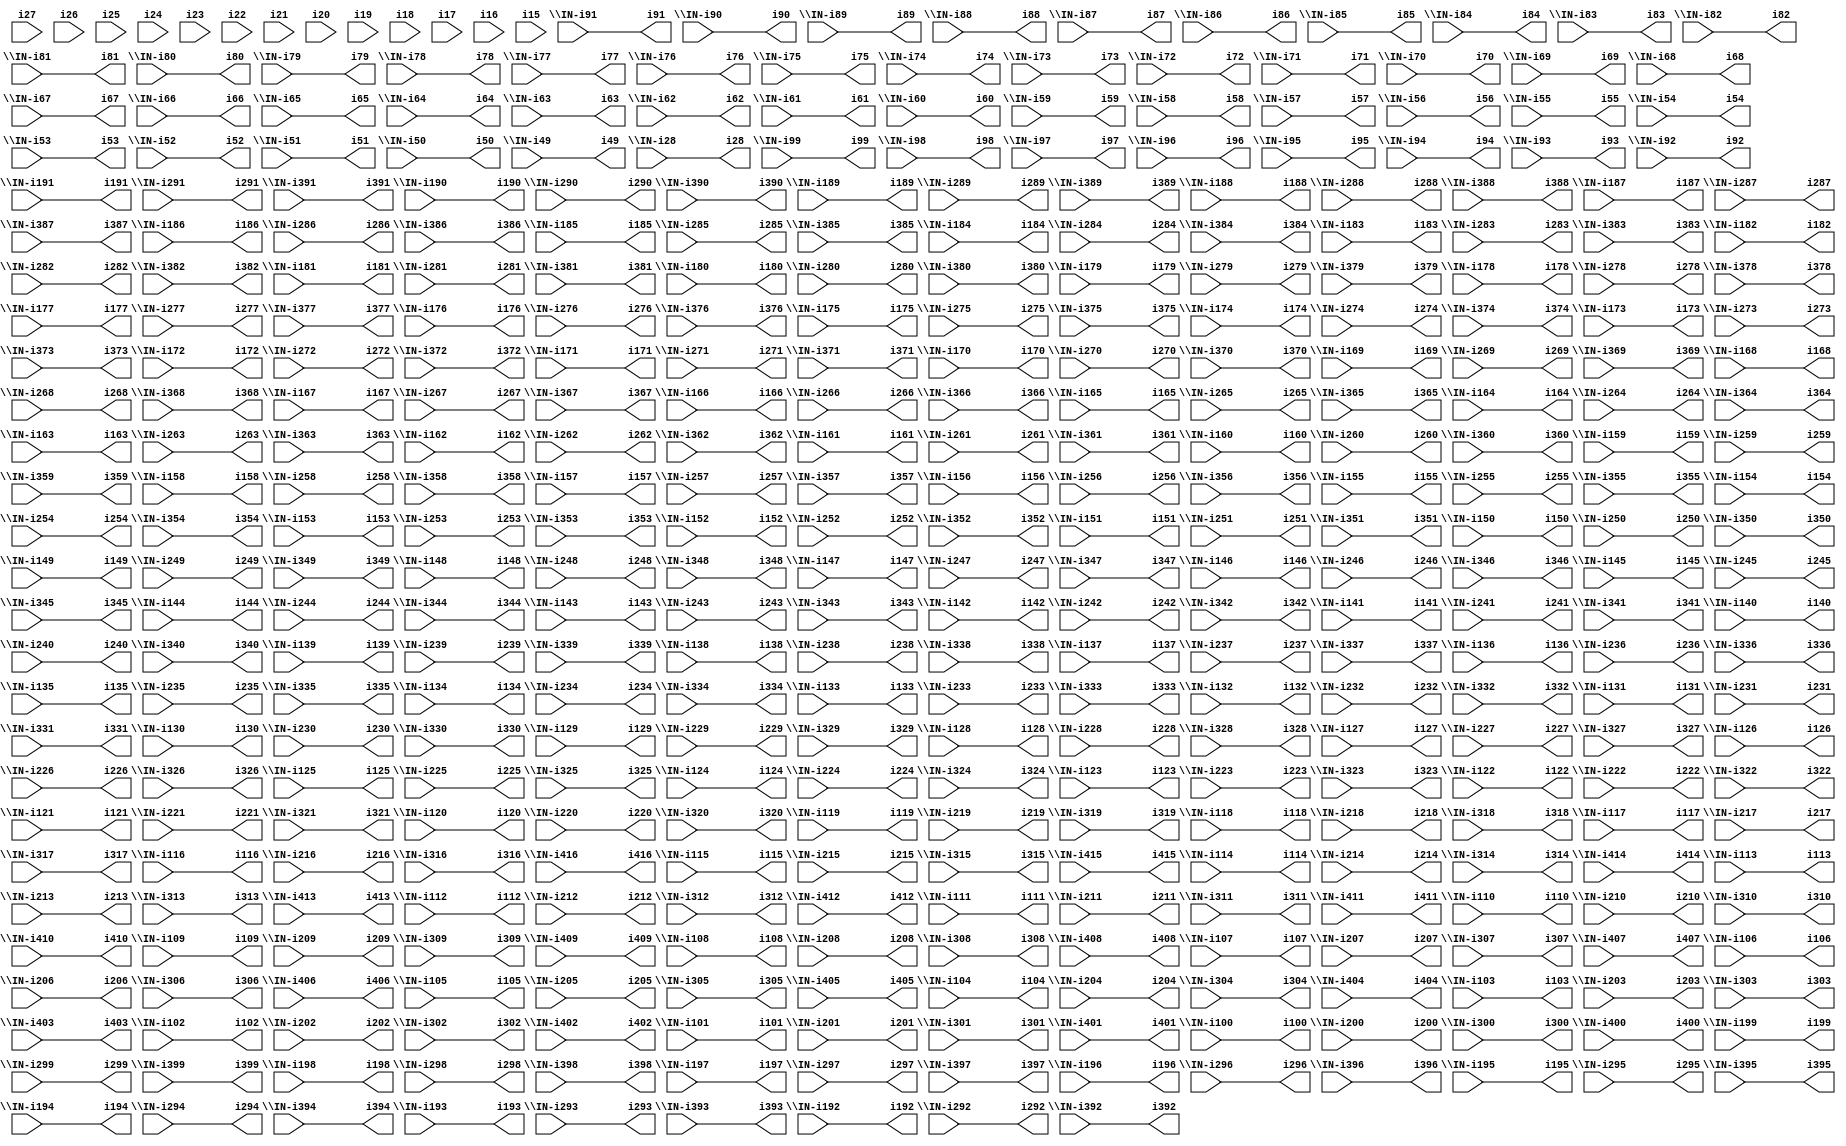
// IWLS benchmark module "clmB" printed on Wed May 29 22:05:48 2002
module clmB(\IN-i91 , \IN-i191 , \IN-i291 , \IN-i391 , \IN-i90 , \IN-i190 , \IN-i290 , \IN-i390 , \IN-i89 , \IN-i189 , \IN-i289 , \IN-i389 , \IN-i88 , \IN-i188 , \IN-i288 , \IN-i388 , \IN-i87 , \IN-i187 , \IN-i287 , \IN-i387 , \IN-i86 , \IN-i186 , \IN-i286 , \IN-i386 , \IN-i85 , \IN-i185 , \IN-i285 , \IN-i385 , \IN-i84 , \IN-i184 , \IN-i284 , \IN-i384 , \IN-i83 , \IN-i183 , \IN-i283 , \IN-i383 , \IN-i82 , \IN-i182 , \IN-i282 , \IN-i382 , \IN-i81 , \IN-i181 , \IN-i281 , \IN-i381 , \IN-i80 , \IN-i180 , \IN-i280 , \IN-i380 , \IN-i79 , \IN-i179 , \IN-i279 , \IN-i379 , \IN-i78 , \IN-i178 , \IN-i278 , \IN-i378 , \IN-i77 , \IN-i177 , \IN-i277 , \IN-i377 , \IN-i76 , \IN-i176 , \IN-i276 , \IN-i376 , \IN-i75 , \IN-i175 , \IN-i275 , \IN-i375 , \IN-i74 , \IN-i174 , \IN-i274 , \IN-i374 , \IN-i73 , \IN-i173 , \IN-i273 , \IN-i373 , \IN-i72 , \IN-i172 , \IN-i272 , \IN-i372 , \IN-i71 , \IN-i171 , \IN-i271 , \IN-i371 , \IN-i70 , \IN-i170 , \IN-i270 , \IN-i370 , \IN-i69 , \IN-i169 , \IN-i269 , \IN-i369 , \IN-i68 , \IN-i168 , \IN-i268 , \IN-i368 , \IN-i67 , \IN-i167 , \IN-i267 , \IN-i367 , \IN-i66 , \IN-i166 , \IN-i266 , \IN-i366 , \IN-i65 , \IN-i165 , \IN-i265 , \IN-i365 , \IN-i64 , \IN-i164 , \IN-i264 , \IN-i364 , \IN-i63 , \IN-i163 , \IN-i263 , \IN-i363 , \IN-i62 , \IN-i162 , \IN-i262 , \IN-i362 , \IN-i61 , \IN-i161 , \IN-i261 , \IN-i361 , \IN-i60 , \IN-i160 , \IN-i260 , \IN-i360 , \IN-i59 , \IN-i159 , \IN-i259 , \IN-i359 , \IN-i58 , \IN-i158 , \IN-i258 , \IN-i358 , \IN-i57 , \IN-i157 , \IN-i257 , \IN-i357 , \IN-i56 , \IN-i156 , \IN-i256 , \IN-i356 , \IN-i55 , \IN-i155 , \IN-i255 , \IN-i355 , \IN-i54 , \IN-i154 , \IN-i254 , \IN-i354 , \IN-i53 , \IN-i153 , \IN-i253 , \IN-i353 , \IN-i52 , \IN-i152 , \IN-i252 , \IN-i352 , \IN-i51 , \IN-i151 , \IN-i251 , \IN-i351 , \IN-i50 , \IN-i150 , \IN-i250 , \IN-i350 , \IN-i49 , \IN-i149 , \IN-i249 , \IN-i349 , \IN-i148 , \IN-i248 , \IN-i348 , \IN-i147 , \IN-i247 , \IN-i347 , \IN-i146 , \IN-i246 , \IN-i346 , \IN-i145 , \IN-i245 , \IN-i345 , \IN-i144 , \IN-i244 , \IN-i344 , \IN-i143 , \IN-i243 , \IN-i343 , \IN-i142 , \IN-i242 , \IN-i342 , \IN-i141 , \IN-i241 , \IN-i341 , \IN-i140 , \IN-i240 , \IN-i340 , \IN-i139 , \IN-i239 , \IN-i339 , \IN-i138 , \IN-i238 , \IN-i338 , \IN-i137 , \IN-i237 , \IN-i337 , \IN-i136 , \IN-i236 , \IN-i336 , \IN-i135 , \IN-i235 , \IN-i335 , \IN-i134 , \IN-i234 , \IN-i334 , \IN-i133 , \IN-i233 , \IN-i333 , \IN-i132 , \IN-i232 , \IN-i332 , \IN-i131 , \IN-i231 , \IN-i331 , \IN-i130 , \IN-i230 , \IN-i330 , \IN-i129 , \IN-i229 , \IN-i329 , \IN-i28 , \IN-i128 , \IN-i228 , \IN-i328 , i27, \IN-i127 , \IN-i227 , \IN-i327 , i26, \IN-i126 , \IN-i226 , \IN-i326 , i25, \IN-i125 , \IN-i225 , \IN-i325 , i24, \IN-i124 , \IN-i224 , \IN-i324 , i23, \IN-i123 , \IN-i223 , \IN-i323 , i22, \IN-i122 , \IN-i222 , \IN-i322 , i21, \IN-i121 , \IN-i221 , \IN-i321 , i20, \IN-i120 , \IN-i220 , \IN-i320 , i19, \IN-i119 , \IN-i219 , \IN-i319 , i18, \IN-i118 , \IN-i218 , \IN-i318 , i17, \IN-i117 , \IN-i217 , \IN-i317 , i16, \IN-i116 , \IN-i216 , \IN-i316 , \IN-i416 , i15, \IN-i115 , \IN-i215 , \IN-i315 , \IN-i415 , \IN-i114 , \IN-i214 , \IN-i314 , \IN-i414 , \IN-i113 , \IN-i213 , \IN-i313 , \IN-i413 , \IN-i112 , \IN-i212 , \IN-i312 , \IN-i412 , \IN-i111 , \IN-i211 , \IN-i311 , \IN-i411 , \IN-i110 , \IN-i210 , \IN-i310 , \IN-i410 , \IN-i109 , \IN-i209 , \IN-i309 , \IN-i409 , \IN-i108 , \IN-i208 , \IN-i308 , \IN-i408 , \IN-i107 , \IN-i207 , \IN-i307 , \IN-i407 , \IN-i106 , \IN-i206 , \IN-i306 , \IN-i406 , \IN-i105 , \IN-i205 , \IN-i305 , \IN-i405 , \IN-i104 , \IN-i204 , \IN-i304 , \IN-i404 , \IN-i103 , \IN-i203 , \IN-i303 , \IN-i403 , \IN-i102 , \IN-i202 , \IN-i302 , \IN-i402 , \IN-i101 , \IN-i201 , \IN-i301 , \IN-i401 , \IN-i100 , \IN-i200 , \IN-i300 , \IN-i400 , \IN-i99 , \IN-i199 , \IN-i299 , \IN-i399 , \IN-i98 , \IN-i198 , \IN-i298 , \IN-i398 , \IN-i97 , \IN-i197 , \IN-i297 , \IN-i397 , \IN-i96 , \IN-i196 , \IN-i296 , \IN-i396 , \IN-i95 , \IN-i195 , \IN-i295 , \IN-i395 , \IN-i94 , \IN-i194 , \IN-i294 , \IN-i394 , \IN-i93 , \IN-i193 , \IN-i293 , \IN-i393 , \IN-i92 , \IN-i192 , \IN-i292 , \IN-i392 , i91, i191, i291, i391, i90, i190, i290, i390, i89, i189, i289, i389, i88, i188, i288, i388, i87, i187, i287, i387, i86, i186, i286, i386, i85, i185, i285, i385, i84, i184, i284, i384, i83, i183, i283, i383, i82, i182, i282, i382, i81, i181, i281, i381, i80, i180, i280, i380, i79, i179, i279, i379, i78, i178, i278, i378, i77, i177, i277, i377, i76, i176, i276, i376, i75, i175, i275, i375, i74, i174, i274, i374, i73, i173, i273, i373, i72, i172, i272, i372, i71, i171, i271, i371, i70, i170, i270, i370, i69, i169, i269, i369, i68, i168, i268, i368, i67, i167, i267, i367, i66, i166, i266, i366, i65, i165, i265, i365, i64, i164, i264, i364, i63, i163, i263, i363, i62, i162, i262, i362, i61, i161, i261, i361, i60, i160, i260, i360, i59, i159, i259, i359, i58, i158, i258, i358, i57, i157, i257, i357, i56, i156, i256, i356, i55, i155, i255, i355, i54, i154, i254, i354, i53, i153, i253, i353, i52, i152, i252, i352, i51, i151, i251, i351, i50, i150, i250, i350, i49, i149, i249, i349, i148, i248, i348, i147, i247, i347, i146, i246, i346, i145, i245, i345, i144, i244, i344, i143, i243, i343, i142, i242, i342, i141, i241, i341, i140, i240, i340, i139, i239, i339, i138, i238, i338, i137, i237, i337, i136, i236, i336, i135, i235, i335, i134, i234, i334, i133, i233, i333, i132, i232, i332, i131, i231, i331, i130, i230, i330, i129, i229, i329, i28, i128, i228, i328, i127, i227, i327, i126, i226, i326, i125, i225, i325, i124, i224, i324, i123, i223, i323, i122, i222, i322, i121, i221, i321, i120, i220, i320, i119, i219, i319, i118, i218, i318, i117, i217, i317, i116, i216, i316, i416, i115, i215, i315, i415, i114, i214, i314, i414, i113, i213, i313, i413, i112, i212, i312, i412, i111, i211, i311, i411, i110, i210, i310, i410, i109, i209, i309, i409, i108, i208, i308, i408, i107, i207, i307, i407, i106, i206, i306, i406, i105, i205, i305, i405, i104, i204, i304, i404, i103, i203, i303, i403, i102, i202, i302, i402, i101, i201, i301, i401, i100, i200, i300, i400, i99, i199, i299, i399, i98, i198, i298, i398, i97, i197, i297, i397, i96, i196, i296, i396, i95, i195, i295, i395, i94, i194, i294, i394, i93, i193, i293, i393, i92, i192, i292, i392);
input
  i15,
  i16,
  i17,
  i18,
  i19,
  i20,
  i21,
  i22,
  i23,
  i24,
  i25,
  i26,
  i27,
  \IN-i28 ,
  \IN-i49 ,
  \IN-i50 ,
  \IN-i51 ,
  \IN-i52 ,
  \IN-i53 ,
  \IN-i54 ,
  \IN-i55 ,
  \IN-i56 ,
  \IN-i57 ,
  \IN-i58 ,
  \IN-i59 ,
  \IN-i60 ,
  \IN-i61 ,
  \IN-i62 ,
  \IN-i63 ,
  \IN-i64 ,
  \IN-i65 ,
  \IN-i66 ,
  \IN-i67 ,
  \IN-i68 ,
  \IN-i69 ,
  \IN-i70 ,
  \IN-i71 ,
  \IN-i72 ,
  \IN-i73 ,
  \IN-i74 ,
  \IN-i75 ,
  \IN-i76 ,
  \IN-i77 ,
  \IN-i78 ,
  \IN-i79 ,
  \IN-i80 ,
  \IN-i81 ,
  \IN-i82 ,
  \IN-i83 ,
  \IN-i84 ,
  \IN-i85 ,
  \IN-i86 ,
  \IN-i87 ,
  \IN-i88 ,
  \IN-i89 ,
  \IN-i90 ,
  \IN-i91 ,
  \IN-i92 ,
  \IN-i93 ,
  \IN-i94 ,
  \IN-i95 ,
  \IN-i96 ,
  \IN-i97 ,
  \IN-i98 ,
  \IN-i99 ,
  \IN-i110 ,
  \IN-i111 ,
  \IN-i112 ,
  \IN-i113 ,
  \IN-i114 ,
  \IN-i115 ,
  \IN-i116 ,
  \IN-i117 ,
  \IN-i118 ,
  \IN-i119 ,
  \IN-i120 ,
  \IN-i121 ,
  \IN-i122 ,
  \IN-i123 ,
  \IN-i124 ,
  \IN-i125 ,
  \IN-i126 ,
  \IN-i127 ,
  \IN-i128 ,
  \IN-i129 ,
  \IN-i130 ,
  \IN-i131 ,
  \IN-i132 ,
  \IN-i133 ,
  \IN-i134 ,
  \IN-i135 ,
  \IN-i136 ,
  \IN-i137 ,
  \IN-i138 ,
  \IN-i139 ,
  \IN-i140 ,
  \IN-i141 ,
  \IN-i142 ,
  \IN-i143 ,
  \IN-i144 ,
  \IN-i145 ,
  \IN-i146 ,
  \IN-i147 ,
  \IN-i148 ,
  \IN-i149 ,
  \IN-i100 ,
  \IN-i101 ,
  \IN-i102 ,
  \IN-i103 ,
  \IN-i104 ,
  \IN-i105 ,
  \IN-i106 ,
  \IN-i107 ,
  \IN-i108 ,
  \IN-i109 ,
  \IN-i190 ,
  \IN-i191 ,
  \IN-i192 ,
  \IN-i193 ,
  \IN-i194 ,
  \IN-i195 ,
  \IN-i196 ,
  \IN-i197 ,
  \IN-i198 ,
  \IN-i199 ,
  \IN-i150 ,
  \IN-i151 ,
  \IN-i152 ,
  \IN-i153 ,
  \IN-i154 ,
  \IN-i155 ,
  \IN-i156 ,
  \IN-i157 ,
  \IN-i158 ,
  \IN-i159 ,
  \IN-i160 ,
  \IN-i161 ,
  \IN-i162 ,
  \IN-i163 ,
  \IN-i164 ,
  \IN-i165 ,
  \IN-i166 ,
  \IN-i167 ,
  \IN-i168 ,
  \IN-i169 ,
  \IN-i170 ,
  \IN-i171 ,
  \IN-i172 ,
  \IN-i173 ,
  \IN-i174 ,
  \IN-i175 ,
  \IN-i176 ,
  \IN-i177 ,
  \IN-i178 ,
  \IN-i179 ,
  \IN-i180 ,
  \IN-i181 ,
  \IN-i182 ,
  \IN-i183 ,
  \IN-i184 ,
  \IN-i185 ,
  \IN-i186 ,
  \IN-i187 ,
  \IN-i188 ,
  \IN-i189 ,
  \IN-i210 ,
  \IN-i211 ,
  \IN-i212 ,
  \IN-i213 ,
  \IN-i214 ,
  \IN-i215 ,
  \IN-i216 ,
  \IN-i217 ,
  \IN-i218 ,
  \IN-i219 ,
  \IN-i220 ,
  \IN-i221 ,
  \IN-i222 ,
  \IN-i223 ,
  \IN-i224 ,
  \IN-i225 ,
  \IN-i226 ,
  \IN-i227 ,
  \IN-i228 ,
  \IN-i229 ,
  \IN-i230 ,
  \IN-i231 ,
  \IN-i232 ,
  \IN-i233 ,
  \IN-i234 ,
  \IN-i235 ,
  \IN-i236 ,
  \IN-i237 ,
  \IN-i238 ,
  \IN-i239 ,
  \IN-i240 ,
  \IN-i241 ,
  \IN-i242 ,
  \IN-i243 ,
  \IN-i244 ,
  \IN-i245 ,
  \IN-i246 ,
  \IN-i247 ,
  \IN-i248 ,
  \IN-i249 ,
  \IN-i200 ,
  \IN-i201 ,
  \IN-i202 ,
  \IN-i203 ,
  \IN-i204 ,
  \IN-i205 ,
  \IN-i206 ,
  \IN-i207 ,
  \IN-i208 ,
  \IN-i209 ,
  \IN-i290 ,
  \IN-i291 ,
  \IN-i292 ,
  \IN-i293 ,
  \IN-i294 ,
  \IN-i295 ,
  \IN-i296 ,
  \IN-i297 ,
  \IN-i298 ,
  \IN-i299 ,
  \IN-i250 ,
  \IN-i251 ,
  \IN-i252 ,
  \IN-i253 ,
  \IN-i254 ,
  \IN-i255 ,
  \IN-i256 ,
  \IN-i257 ,
  \IN-i258 ,
  \IN-i259 ,
  \IN-i260 ,
  \IN-i261 ,
  \IN-i262 ,
  \IN-i263 ,
  \IN-i264 ,
  \IN-i265 ,
  \IN-i266 ,
  \IN-i267 ,
  \IN-i268 ,
  \IN-i269 ,
  \IN-i270 ,
  \IN-i271 ,
  \IN-i272 ,
  \IN-i273 ,
  \IN-i274 ,
  \IN-i275 ,
  \IN-i276 ,
  \IN-i277 ,
  \IN-i278 ,
  \IN-i279 ,
  \IN-i280 ,
  \IN-i281 ,
  \IN-i282 ,
  \IN-i283 ,
  \IN-i284 ,
  \IN-i285 ,
  \IN-i286 ,
  \IN-i287 ,
  \IN-i288 ,
  \IN-i289 ,
  \IN-i310 ,
  \IN-i311 ,
  \IN-i312 ,
  \IN-i313 ,
  \IN-i314 ,
  \IN-i315 ,
  \IN-i316 ,
  \IN-i317 ,
  \IN-i318 ,
  \IN-i319 ,
  \IN-i320 ,
  \IN-i321 ,
  \IN-i322 ,
  \IN-i323 ,
  \IN-i324 ,
  \IN-i325 ,
  \IN-i326 ,
  \IN-i327 ,
  \IN-i328 ,
  \IN-i329 ,
  \IN-i330 ,
  \IN-i331 ,
  \IN-i332 ,
  \IN-i333 ,
  \IN-i334 ,
  \IN-i335 ,
  \IN-i336 ,
  \IN-i337 ,
  \IN-i338 ,
  \IN-i339 ,
  \IN-i340 ,
  \IN-i341 ,
  \IN-i342 ,
  \IN-i343 ,
  \IN-i344 ,
  \IN-i345 ,
  \IN-i346 ,
  \IN-i347 ,
  \IN-i348 ,
  \IN-i349 ,
  \IN-i300 ,
  \IN-i301 ,
  \IN-i302 ,
  \IN-i303 ,
  \IN-i304 ,
  \IN-i305 ,
  \IN-i306 ,
  \IN-i307 ,
  \IN-i308 ,
  \IN-i309 ,
  \IN-i390 ,
  \IN-i391 ,
  \IN-i392 ,
  \IN-i393 ,
  \IN-i394 ,
  \IN-i395 ,
  \IN-i396 ,
  \IN-i397 ,
  \IN-i398 ,
  \IN-i399 ,
  \IN-i350 ,
  \IN-i351 ,
  \IN-i352 ,
  \IN-i353 ,
  \IN-i354 ,
  \IN-i355 ,
  \IN-i356 ,
  \IN-i357 ,
  \IN-i358 ,
  \IN-i359 ,
  \IN-i360 ,
  \IN-i361 ,
  \IN-i362 ,
  \IN-i363 ,
  \IN-i364 ,
  \IN-i365 ,
  \IN-i366 ,
  \IN-i367 ,
  \IN-i368 ,
  \IN-i369 ,
  \IN-i370 ,
  \IN-i371 ,
  \IN-i372 ,
  \IN-i373 ,
  \IN-i374 ,
  \IN-i375 ,
  \IN-i376 ,
  \IN-i377 ,
  \IN-i378 ,
  \IN-i379 ,
  \IN-i380 ,
  \IN-i381 ,
  \IN-i382 ,
  \IN-i383 ,
  \IN-i384 ,
  \IN-i385 ,
  \IN-i386 ,
  \IN-i387 ,
  \IN-i388 ,
  \IN-i389 ,
  \IN-i410 ,
  \IN-i411 ,
  \IN-i412 ,
  \IN-i413 ,
  \IN-i414 ,
  \IN-i415 ,
  \IN-i416 ,
  \IN-i400 ,
  \IN-i401 ,
  \IN-i402 ,
  \IN-i403 ,
  \IN-i404 ,
  \IN-i405 ,
  \IN-i406 ,
  \IN-i407 ,
  \IN-i408 ,
  \IN-i409 ;
output
  i28,
  i49,
  i50,
  i51,
  i52,
  i53,
  i54,
  i55,
  i56,
  i57,
  i58,
  i59,
  i60,
  i61,
  i62,
  i63,
  i64,
  i65,
  i66,
  i67,
  i68,
  i69,
  i70,
  i71,
  i72,
  i73,
  i74,
  i75,
  i76,
  i77,
  i78,
  i79,
  i80,
  i81,
  i82,
  i83,
  i84,
  i85,
  i86,
  i87,
  i88,
  i89,
  i90,
  i91,
  i92,
  i93,
  i94,
  i95,
  i96,
  i97,
  i98,
  i99,
  i100,
  i101,
  i102,
  i103,
  i104,
  i105,
  i106,
  i107,
  i108,
  i109,
  i110,
  i111,
  i112,
  i113,
  i114,
  i115,
  i116,
  i117,
  i118,
  i119,
  i120,
  i121,
  i122,
  i123,
  i124,
  i125,
  i126,
  i127,
  i128,
  i129,
  i130,
  i131,
  i132,
  i133,
  i134,
  i135,
  i136,
  i137,
  i138,
  i139,
  i140,
  i141,
  i142,
  i143,
  i144,
  i145,
  i146,
  i147,
  i148,
  i149,
  i150,
  i151,
  i152,
  i153,
  i154,
  i155,
  i156,
  i157,
  i158,
  i159,
  i160,
  i161,
  i162,
  i163,
  i164,
  i165,
  i166,
  i167,
  i168,
  i169,
  i170,
  i171,
  i172,
  i173,
  i174,
  i175,
  i176,
  i177,
  i178,
  i179,
  i180,
  i181,
  i182,
  i183,
  i184,
  i185,
  i186,
  i187,
  i188,
  i189,
  i190,
  i191,
  i192,
  i193,
  i194,
  i195,
  i196,
  i197,
  i198,
  i199,
  i200,
  i201,
  i202,
  i203,
  i204,
  i205,
  i206,
  i207,
  i208,
  i209,
  i210,
  i211,
  i212,
  i213,
  i214,
  i215,
  i216,
  i217,
  i218,
  i219,
  i220,
  i221,
  i222,
  i223,
  i224,
  i225,
  i226,
  i227,
  i228,
  i229,
  i230,
  i231,
  i232,
  i233,
  i234,
  i235,
  i236,
  i237,
  i238,
  i239,
  i240,
  i241,
  i242,
  i243,
  i244,
  i245,
  i246,
  i247,
  i248,
  i249,
  i250,
  i251,
  i252,
  i253,
  i254,
  i255,
  i256,
  i257,
  i258,
  i259,
  i260,
  i261,
  i262,
  i263,
  i264,
  i265,
  i266,
  i267,
  i268,
  i269,
  i270,
  i271,
  i272,
  i273,
  i274,
  i275,
  i276,
  i277,
  i278,
  i279,
  i280,
  i281,
  i282,
  i283,
  i284,
  i285,
  i286,
  i287,
  i288,
  i289,
  i290,
  i291,
  i292,
  i293,
  i294,
  i295,
  i296,
  i297,
  i298,
  i299,
  i300,
  i301,
  i302,
  i303,
  i304,
  i305,
  i306,
  i307,
  i308,
  i309,
  i310,
  i311,
  i312,
  i313,
  i314,
  i315,
  i316,
  i317,
  i318,
  i319,
  i320,
  i321,
  i322,
  i323,
  i324,
  i325,
  i326,
  i327,
  i328,
  i329,
  i330,
  i331,
  i332,
  i333,
  i334,
  i335,
  i336,
  i337,
  i338,
  i339,
  i340,
  i341,
  i342,
  i343,
  i344,
  i345,
  i346,
  i347,
  i348,
  i349,
  i350,
  i351,
  i352,
  i353,
  i354,
  i355,
  i356,
  i357,
  i358,
  i359,
  i360,
  i361,
  i362,
  i363,
  i364,
  i365,
  i366,
  i367,
  i368,
  i369,
  i370,
  i371,
  i372,
  i373,
  i374,
  i375,
  i376,
  i377,
  i378,
  i379,
  i380,
  i381,
  i382,
  i383,
  i384,
  i385,
  i386,
  i387,
  i388,
  i389,
  i390,
  i391,
  i392,
  i393,
  i394,
  i395,
  i396,
  i397,
  i398,
  i399,
  i400,
  i401,
  i402,
  i403,
  i404,
  i405,
  i406,
  i407,
  i408,
  i409,
  i410,
  i411,
  i412,
  i413,
  i414,
  i415,
  i416;
assign
  i28 = \IN-i28 ,
  i49 = \IN-i49 ,
  i50 = \IN-i50 ,
  i51 = \IN-i51 ,
  i52 = \IN-i52 ,
  i53 = \IN-i53 ,
  i54 = \IN-i54 ,
  i55 = \IN-i55 ,
  i56 = \IN-i56 ,
  i57 = \IN-i57 ,
  i58 = \IN-i58 ,
  i59 = \IN-i59 ,
  i60 = \IN-i60 ,
  i61 = \IN-i61 ,
  i62 = \IN-i62 ,
  i63 = \IN-i63 ,
  i64 = \IN-i64 ,
  i65 = \IN-i65 ,
  i66 = \IN-i66 ,
  i67 = \IN-i67 ,
  i68 = \IN-i68 ,
  i69 = \IN-i69 ,
  i70 = \IN-i70 ,
  i71 = \IN-i71 ,
  i72 = \IN-i72 ,
  i73 = \IN-i73 ,
  i74 = \IN-i74 ,
  i75 = \IN-i75 ,
  i76 = \IN-i76 ,
  i77 = \IN-i77 ,
  i78 = \IN-i78 ,
  i79 = \IN-i79 ,
  i80 = \IN-i80 ,
  i81 = \IN-i81 ,
  i82 = \IN-i82 ,
  i83 = \IN-i83 ,
  i84 = \IN-i84 ,
  i85 = \IN-i85 ,
  i86 = \IN-i86 ,
  i87 = \IN-i87 ,
  i88 = \IN-i88 ,
  i89 = \IN-i89 ,
  i90 = \IN-i90 ,
  i91 = \IN-i91 ,
  i92 = \IN-i92 ,
  i93 = \IN-i93 ,
  i94 = \IN-i94 ,
  i95 = \IN-i95 ,
  i96 = \IN-i96 ,
  i97 = \IN-i97 ,
  i98 = \IN-i98 ,
  i99 = \IN-i99 ,
  i100 = \IN-i100 ,
  i101 = \IN-i101 ,
  i102 = \IN-i102 ,
  i103 = \IN-i103 ,
  i104 = \IN-i104 ,
  i105 = \IN-i105 ,
  i106 = \IN-i106 ,
  i107 = \IN-i107 ,
  i108 = \IN-i108 ,
  i109 = \IN-i109 ,
  i110 = \IN-i110 ,
  i111 = \IN-i111 ,
  i112 = \IN-i112 ,
  i113 = \IN-i113 ,
  i114 = \IN-i114 ,
  i115 = \IN-i115 ,
  i116 = \IN-i116 ,
  i117 = \IN-i117 ,
  i118 = \IN-i118 ,
  i119 = \IN-i119 ,
  i120 = \IN-i120 ,
  i121 = \IN-i121 ,
  i122 = \IN-i122 ,
  i123 = \IN-i123 ,
  i124 = \IN-i124 ,
  i125 = \IN-i125 ,
  i126 = \IN-i126 ,
  i127 = \IN-i127 ,
  i128 = \IN-i128 ,
  i129 = \IN-i129 ,
  i130 = \IN-i130 ,
  i131 = \IN-i131 ,
  i132 = \IN-i132 ,
  i133 = \IN-i133 ,
  i134 = \IN-i134 ,
  i135 = \IN-i135 ,
  i136 = \IN-i136 ,
  i137 = \IN-i137 ,
  i138 = \IN-i138 ,
  i139 = \IN-i139 ,
  i140 = \IN-i140 ,
  i141 = \IN-i141 ,
  i142 = \IN-i142 ,
  i143 = \IN-i143 ,
  i144 = \IN-i144 ,
  i145 = \IN-i145 ,
  i146 = \IN-i146 ,
  i147 = \IN-i147 ,
  i148 = \IN-i148 ,
  i149 = \IN-i149 ,
  i150 = \IN-i150 ,
  i151 = \IN-i151 ,
  i152 = \IN-i152 ,
  i153 = \IN-i153 ,
  i154 = \IN-i154 ,
  i155 = \IN-i155 ,
  i156 = \IN-i156 ,
  i157 = \IN-i157 ,
  i158 = \IN-i158 ,
  i159 = \IN-i159 ,
  i160 = \IN-i160 ,
  i161 = \IN-i161 ,
  i162 = \IN-i162 ,
  i163 = \IN-i163 ,
  i164 = \IN-i164 ,
  i165 = \IN-i165 ,
  i166 = \IN-i166 ,
  i167 = \IN-i167 ,
  i168 = \IN-i168 ,
  i169 = \IN-i169 ,
  i170 = \IN-i170 ,
  i171 = \IN-i171 ,
  i172 = \IN-i172 ,
  i173 = \IN-i173 ,
  i174 = \IN-i174 ,
  i175 = \IN-i175 ,
  i176 = \IN-i176 ,
  i177 = \IN-i177 ,
  i178 = \IN-i178 ,
  i179 = \IN-i179 ,
  i180 = \IN-i180 ,
  i181 = \IN-i181 ,
  i182 = \IN-i182 ,
  i183 = \IN-i183 ,
  i184 = \IN-i184 ,
  i185 = \IN-i185 ,
  i186 = \IN-i186 ,
  i187 = \IN-i187 ,
  i188 = \IN-i188 ,
  i189 = \IN-i189 ,
  i190 = \IN-i190 ,
  i191 = \IN-i191 ,
  i192 = \IN-i192 ,
  i193 = \IN-i193 ,
  i194 = \IN-i194 ,
  i195 = \IN-i195 ,
  i196 = \IN-i196 ,
  i197 = \IN-i197 ,
  i198 = \IN-i198 ,
  i199 = \IN-i199 ,
  i200 = \IN-i200 ,
  i201 = \IN-i201 ,
  i202 = \IN-i202 ,
  i203 = \IN-i203 ,
  i204 = \IN-i204 ,
  i205 = \IN-i205 ,
  i206 = \IN-i206 ,
  i207 = \IN-i207 ,
  i208 = \IN-i208 ,
  i209 = \IN-i209 ,
  i210 = \IN-i210 ,
  i211 = \IN-i211 ,
  i212 = \IN-i212 ,
  i213 = \IN-i213 ,
  i214 = \IN-i214 ,
  i215 = \IN-i215 ,
  i216 = \IN-i216 ,
  i217 = \IN-i217 ,
  i218 = \IN-i218 ,
  i219 = \IN-i219 ,
  i220 = \IN-i220 ,
  i221 = \IN-i221 ,
  i222 = \IN-i222 ,
  i223 = \IN-i223 ,
  i224 = \IN-i224 ,
  i225 = \IN-i225 ,
  i226 = \IN-i226 ,
  i227 = \IN-i227 ,
  i228 = \IN-i228 ,
  i229 = \IN-i229 ,
  i230 = \IN-i230 ,
  i231 = \IN-i231 ,
  i232 = \IN-i232 ,
  i233 = \IN-i233 ,
  i234 = \IN-i234 ,
  i235 = \IN-i235 ,
  i236 = \IN-i236 ,
  i237 = \IN-i237 ,
  i238 = \IN-i238 ,
  i239 = \IN-i239 ,
  i240 = \IN-i240 ,
  i241 = \IN-i241 ,
  i242 = \IN-i242 ,
  i243 = \IN-i243 ,
  i244 = \IN-i244 ,
  i245 = \IN-i245 ,
  i246 = \IN-i246 ,
  i247 = \IN-i247 ,
  i248 = \IN-i248 ,
  i249 = \IN-i249 ,
  i250 = \IN-i250 ,
  i251 = \IN-i251 ,
  i252 = \IN-i252 ,
  i253 = \IN-i253 ,
  i254 = \IN-i254 ,
  i255 = \IN-i255 ,
  i256 = \IN-i256 ,
  i257 = \IN-i257 ,
  i258 = \IN-i258 ,
  i259 = \IN-i259 ,
  i260 = \IN-i260 ,
  i261 = \IN-i261 ,
  i262 = \IN-i262 ,
  i263 = \IN-i263 ,
  i264 = \IN-i264 ,
  i265 = \IN-i265 ,
  i266 = \IN-i266 ,
  i267 = \IN-i267 ,
  i268 = \IN-i268 ,
  i269 = \IN-i269 ,
  i270 = \IN-i270 ,
  i271 = \IN-i271 ,
  i272 = \IN-i272 ,
  i273 = \IN-i273 ,
  i274 = \IN-i274 ,
  i275 = \IN-i275 ,
  i276 = \IN-i276 ,
  i277 = \IN-i277 ,
  i278 = \IN-i278 ,
  i279 = \IN-i279 ,
  i280 = \IN-i280 ,
  i281 = \IN-i281 ,
  i282 = \IN-i282 ,
  i283 = \IN-i283 ,
  i284 = \IN-i284 ,
  i285 = \IN-i285 ,
  i286 = \IN-i286 ,
  i287 = \IN-i287 ,
  i288 = \IN-i288 ,
  i289 = \IN-i289 ,
  i290 = \IN-i290 ,
  i291 = \IN-i291 ,
  i292 = \IN-i292 ,
  i293 = \IN-i293 ,
  i294 = \IN-i294 ,
  i295 = \IN-i295 ,
  i296 = \IN-i296 ,
  i297 = \IN-i297 ,
  i298 = \IN-i298 ,
  i299 = \IN-i299 ,
  i300 = \IN-i300 ,
  i301 = \IN-i301 ,
  i302 = \IN-i302 ,
  i303 = \IN-i303 ,
  i304 = \IN-i304 ,
  i305 = \IN-i305 ,
  i306 = \IN-i306 ,
  i307 = \IN-i307 ,
  i308 = \IN-i308 ,
  i309 = \IN-i309 ,
  i310 = \IN-i310 ,
  i311 = \IN-i311 ,
  i312 = \IN-i312 ,
  i313 = \IN-i313 ,
  i314 = \IN-i314 ,
  i315 = \IN-i315 ,
  i316 = \IN-i316 ,
  i317 = \IN-i317 ,
  i318 = \IN-i318 ,
  i319 = \IN-i319 ,
  i320 = \IN-i320 ,
  i321 = \IN-i321 ,
  i322 = \IN-i322 ,
  i323 = \IN-i323 ,
  i324 = \IN-i324 ,
  i325 = \IN-i325 ,
  i326 = \IN-i326 ,
  i327 = \IN-i327 ,
  i328 = \IN-i328 ,
  i329 = \IN-i329 ,
  i330 = \IN-i330 ,
  i331 = \IN-i331 ,
  i332 = \IN-i332 ,
  i333 = \IN-i333 ,
  i334 = \IN-i334 ,
  i335 = \IN-i335 ,
  i336 = \IN-i336 ,
  i337 = \IN-i337 ,
  i338 = \IN-i338 ,
  i339 = \IN-i339 ,
  i340 = \IN-i340 ,
  i341 = \IN-i341 ,
  i342 = \IN-i342 ,
  i343 = \IN-i343 ,
  i344 = \IN-i344 ,
  i345 = \IN-i345 ,
  i346 = \IN-i346 ,
  i347 = \IN-i347 ,
  i348 = \IN-i348 ,
  i349 = \IN-i349 ,
  i350 = \IN-i350 ,
  i351 = \IN-i351 ,
  i352 = \IN-i352 ,
  i353 = \IN-i353 ,
  i354 = \IN-i354 ,
  i355 = \IN-i355 ,
  i356 = \IN-i356 ,
  i357 = \IN-i357 ,
  i358 = \IN-i358 ,
  i359 = \IN-i359 ,
  i360 = \IN-i360 ,
  i361 = \IN-i361 ,
  i362 = \IN-i362 ,
  i363 = \IN-i363 ,
  i364 = \IN-i364 ,
  i365 = \IN-i365 ,
  i366 = \IN-i366 ,
  i367 = \IN-i367 ,
  i368 = \IN-i368 ,
  i369 = \IN-i369 ,
  i370 = \IN-i370 ,
  i371 = \IN-i371 ,
  i372 = \IN-i372 ,
  i373 = \IN-i373 ,
  i374 = \IN-i374 ,
  i375 = \IN-i375 ,
  i376 = \IN-i376 ,
  i377 = \IN-i377 ,
  i378 = \IN-i378 ,
  i379 = \IN-i379 ,
  i380 = \IN-i380 ,
  i381 = \IN-i381 ,
  i382 = \IN-i382 ,
  i383 = \IN-i383 ,
  i384 = \IN-i384 ,
  i385 = \IN-i385 ,
  i386 = \IN-i386 ,
  i387 = \IN-i387 ,
  i388 = \IN-i388 ,
  i389 = \IN-i389 ,
  i390 = \IN-i390 ,
  i391 = \IN-i391 ,
  i392 = \IN-i392 ,
  i393 = \IN-i393 ,
  i394 = \IN-i394 ,
  i395 = \IN-i395 ,
  i396 = \IN-i396 ,
  i397 = \IN-i397 ,
  i398 = \IN-i398 ,
  i399 = \IN-i399 ,
  i400 = \IN-i400 ,
  i401 = \IN-i401 ,
  i402 = \IN-i402 ,
  i403 = \IN-i403 ,
  i404 = \IN-i404 ,
  i405 = \IN-i405 ,
  i406 = \IN-i406 ,
  i407 = \IN-i407 ,
  i408 = \IN-i408 ,
  i409 = \IN-i409 ,
  i410 = \IN-i410 ,
  i411 = \IN-i411 ,
  i412 = \IN-i412 ,
  i413 = \IN-i413 ,
  i414 = \IN-i414 ,
  i415 = \IN-i415 ,
  i416 = \IN-i416 ;
endmodule